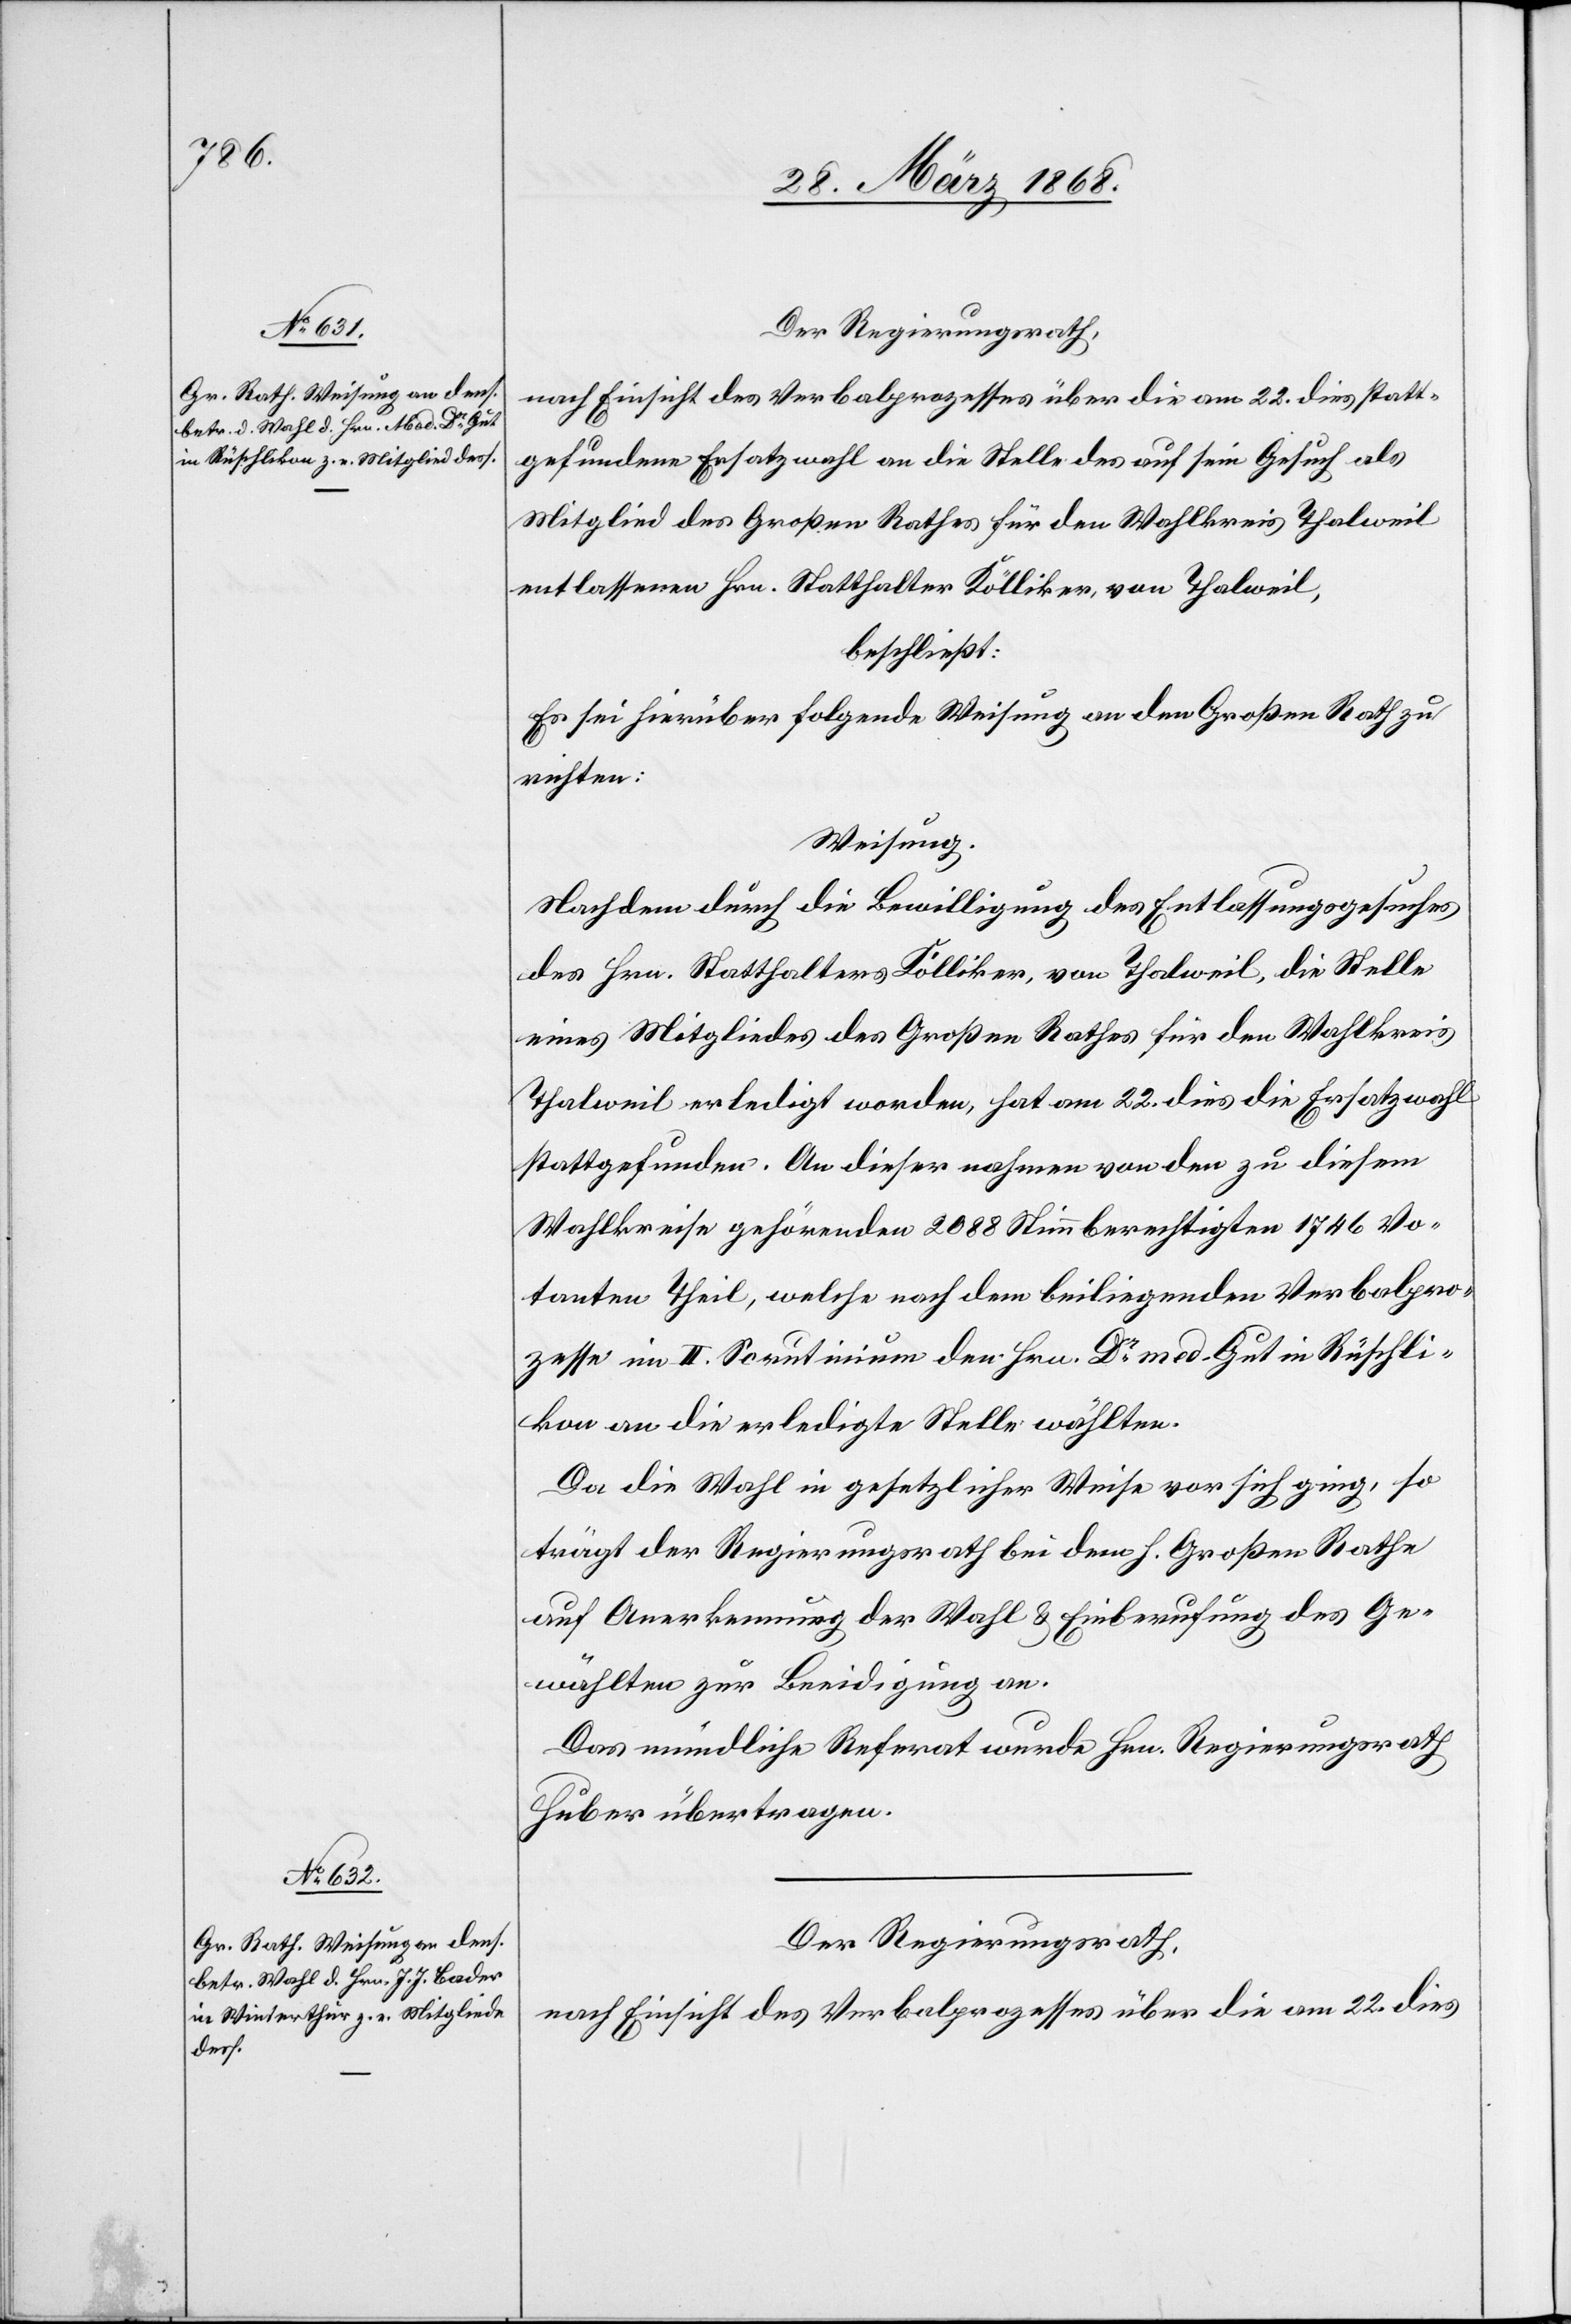
Der Regierungsrath,
nach Einsicht des Verbalprozesses über die am 22. dies statt¬
gefundene Ersatzwahl an die Stelle des auf sein Gesuch als
Mitglied des Großen Rathes für den Wahlkreis Thalweil
entlassenen Hrn. Statthalter Kölliker, von Thalweil,
beschließt:
Es sei hierüber folgende Weisung an den Großen Rath zu
richten:
Weisung.
Nachdem durch die Bewilligung des Entlassungsgesuches
des Hrn. Statthalters Kölliker, von Thalweil, die Stelle
eines Mitgliedes des Großen Rathes für den Wahlkreis
Thalweil erledigt worden, hat am 22. dies die Ersatzwahl
stattgefunden. An dieser nahmen von den zu diesem
Wahlkreise gehörenden 2088 Stimmberechtigten 1746 Vo¬
tanten Theil, welche nach dem beiliegenden Verbalpro¬
zesse im II. Scrutinium den Hrn. Dr. med. Gut in Rüschli¬
kon an die erledigte Stelle wählten.
Da die Wahl in gesetzlicher Weise vor sich ging, so
trägt der Regierungsrath bei dem h. Großen Rathe
auf Anerkennung der Wahl & Einberufung des Ge¬
wählten zur Beeidigung an.
Das mündliche Referat wurde Hrn. Regierungsrath
Huber übertragen.
Der Regierungsrath,
nach Einsicht des Verbalprozesses über die am 22. dies